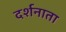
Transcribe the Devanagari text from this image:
दर्शनाता